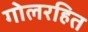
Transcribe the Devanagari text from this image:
गोलरहित